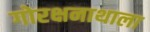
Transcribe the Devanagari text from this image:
गोरक्षनाथाला